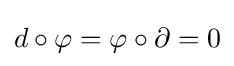
d\circ \varphi =\varphi \circ \partial =0